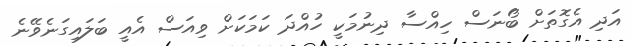
އަދި އެގޮތަށް ބޯނަސް ހިއްސާ ދިނުމަކީ ހުއްދަ ކަމަކަށް ވިއަސް އެއީ ބަލައިގަނެވޭނެ